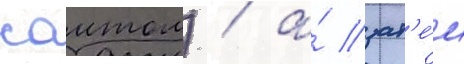
саитом) / а́ зат'е́м